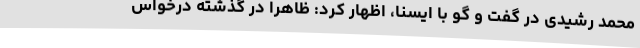
محمد رشیدی در گفت و گو با ایسنا، اظهار کرد: ظاهرا در گذشته درخواس